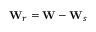
{ \mathbf W } _ { r } = { \mathbf W } - { \mathbf W } _ { s }